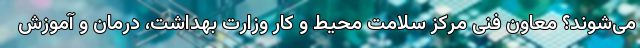
می‌شوند؟ معاون فنی مرکز سلامت محیط و کار وزارت بهداشت، درمان و آموزش